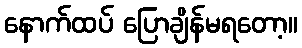
နောက်ထပ် ပြောချိန်မရတော့။